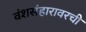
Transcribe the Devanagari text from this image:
वंशसंहारावरची